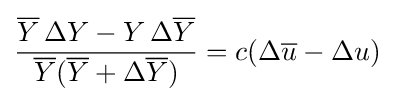
{\frac {{\overline {Y}}\,\Delta Y-Y\,\Delta {\overline {Y}}}{{\overline {Y}}({\overline {Y}}+\Delta {\overline {Y}})}}=c(\Delta {\overline {u}}-\Delta u)